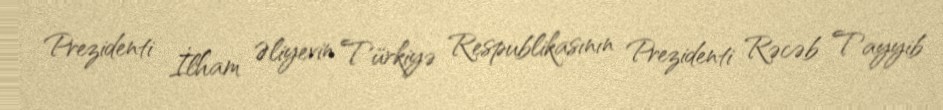
Prezidenti İlham Əliyevin Türkiyə Respublikasının Prezidenti Rəcəb Tayyib